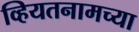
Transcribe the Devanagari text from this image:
व्हियतनामच्या